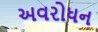
અવરોધન